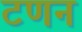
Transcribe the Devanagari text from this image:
टणन